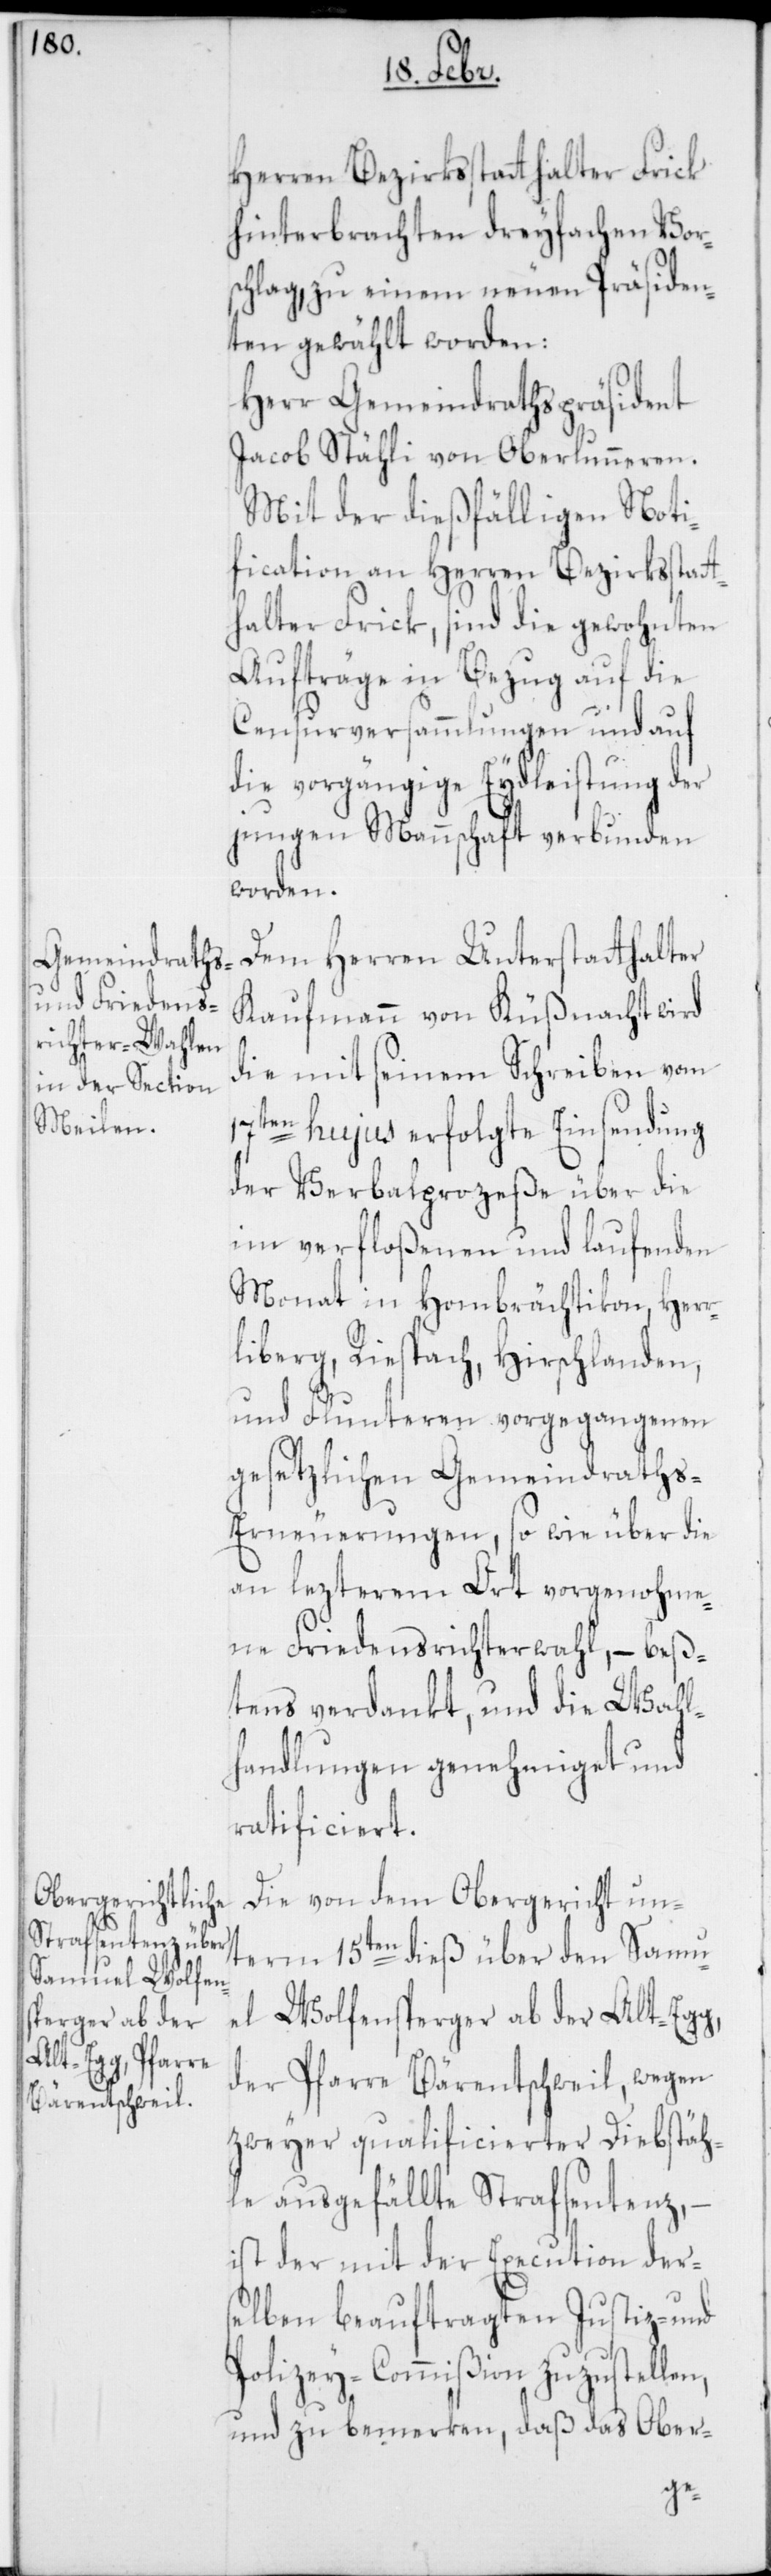
Herren Bezirksstatthalter Frick
hinterbrachten dreyfachen Vor¬
schlag, zu einem neuen Präsiden¬
ten gewählt worden:
Herr Gemeindrathspräsident
Jacob Stähli von Oberlunnern.
Mit der dießfälligen Noti¬
fication an Herren Bezirksstatt¬
halter Frick, sind die gewohnten
Aufträge in Bezug auf die
Censurversammlungen und auf
die vorgängige Eydleistung der
jungen Mannschaft verbunden
worden.
Dem Herren Unterstatthalter
Kaufmann von Küßnacht wird
die mit seinem Schreiben vom
17ten hujus erfolgte Einsendung
der Verbalprozeße über die
im verfloßenen und laufenden
Monat in Hombrechtikon, Herr¬
liberg, Riespach, Hirschlanden,
und Fluntern vorgegangenen
gesetzlichen Gemeindrath¬
s-Erneuerungen, sowie über die
an lezterem Ort vorgenohme¬
ne Friedensrichterwahl, – beß¬
tens verdankt, und die Wahl¬
handlungen genehmiget und
ratificiert.
Die von dem Obergericht un¬
term 15ten dieß über den Samu¬
el Wolfensperger ab der Alt-Egg,
der Pfarre Bärentschweil, wegen
zweyer qualificierter Diebstäh¬
le ausgefällte Strafsentenz, –
ist der mit der Execution ders¬
elben beauftragten Justiz- und
Polizey-Commißion zuzustellen
und zu bemerken, daß das Ober-